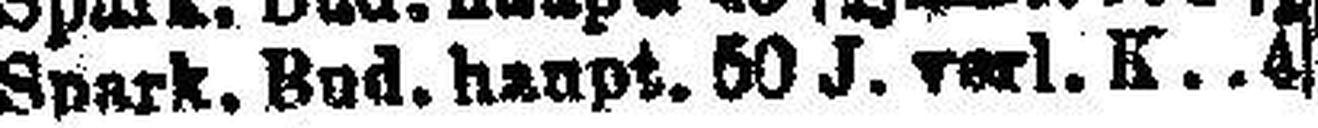
Spark. Bud. haupt. 50 J. verl. K. 4